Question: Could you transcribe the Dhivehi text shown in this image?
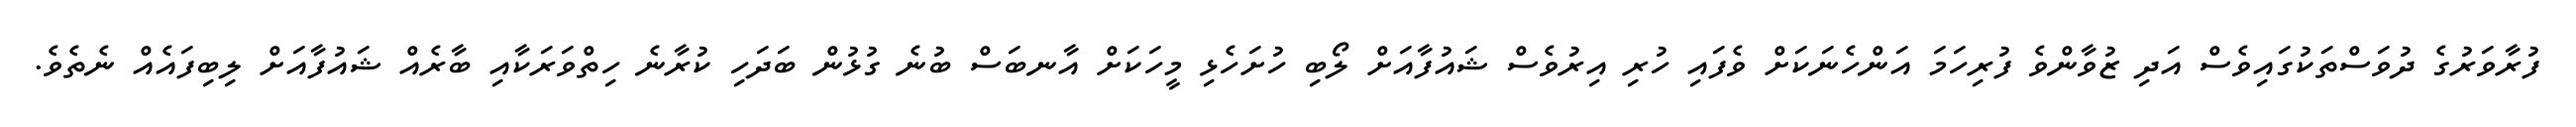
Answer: ފުރާވަރުގެ ދުވަސްތަކުގައިވެސް އަދި ޒުވާންވެ ފުރިހަމަ އަންހެނަކަށް ވެފައި ހުރި އިރުވެސް ޝައުފާއަށް ލޯބި ހުށަހެޅި މީހަކަށް އާނބަސް ބުނެ ގުޅުން ބަދަހި ކުރާނެ ހިތްވަރަކާއި ބާރެއް ޝައުފާއަށް ލިބިފައެއް ނެތެވެ.